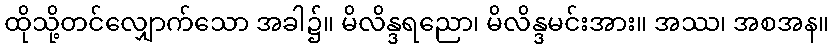
ထိုသို့တင်လျှောက်သော အခါ၌။ မိလိန္ဒရညော၊ မိလိန္ဒမင်းအား။ အဿ၊ အစအန။